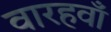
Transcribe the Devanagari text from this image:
वारहवाँ